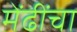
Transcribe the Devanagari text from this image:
मेंढींचा